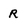
Character: R